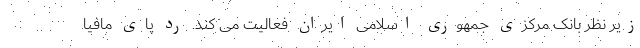
زیر نظر بانک مرکزی جمهوری اسلامی ایران فعالیت می کند. رد پای مافیا